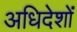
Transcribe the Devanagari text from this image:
अधिदेशों